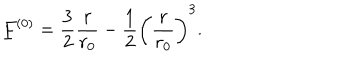
\underline { { { F } } } ^ { ( 0 ) } = \frac 3 2 \frac { r } { r _ { 0 } } - \frac 1 2 \left( \frac { r } { r _ { 0 } } \right) ^ { 3 } .